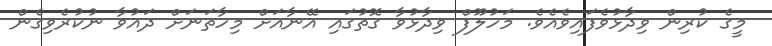
މީގެ ކުރިން ވިދާޅުވެފައިވެއެވެ. މަހުލޫފް ވިދާޅުވާ ގޮތުގައި އޭނާއަށް މިހާތަނަށް ދައުވާ ނުކުރެވިގެން